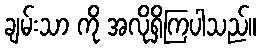
ချမ်းသာ ကို အလိုရှိကြပါသည်။